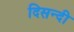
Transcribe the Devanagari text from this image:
दिसन्दी